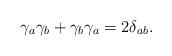
LaTeX: \begin{align*}\gamma _a\gamma _b+\gamma _b\gamma _a=2\delta _{ab}. \end{align*}